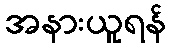
အနားယူရန်